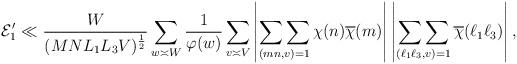
LaTeX: \begin{align*}\mathcal{E}_1' &\ll \frac{W}{(MNL_1L_3V)^{\frac{1}{2}}} \sum_{w \asymp W} \frac{1}{\varphi(w)} \sum_{v \asymp V} \left|\mathop{\sum \sum}_{(mn,v)=1} \chi(n) \overline{\chi}(m) \right| \left|\mathop{\sum \sum}_{(\ell_1\ell_3,v)=1} \overline{\chi}(\ell_1\ell_3) \right|,\end{align*}